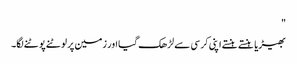
"
بھیڑیا ہنستے ہنستے اپنی کرسی سے لڑھک گیا اور زمین پر لوٹنے پوٹنے لگا۔